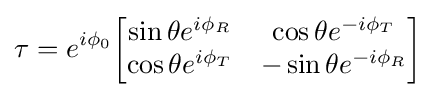
\tau =e^{i\phi _{0}}{\begin{bmatrix}\sin \theta e^{i\phi _{R}}&\cos \theta e^{-i\phi _{T}}\\\cos \theta e^{i\phi _{T}}&-\sin \theta e^{-i\phi _{R}}\end{bmatrix}}